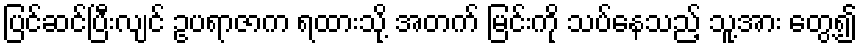
ပြင်ဆင်ပြီးလျင် ဥပရာဇာက ရထားသို့ အတက် မြင်းကို သပ်နေသည့် သူ့အား တွေ့၍